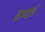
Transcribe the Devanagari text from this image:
छाप्याचे